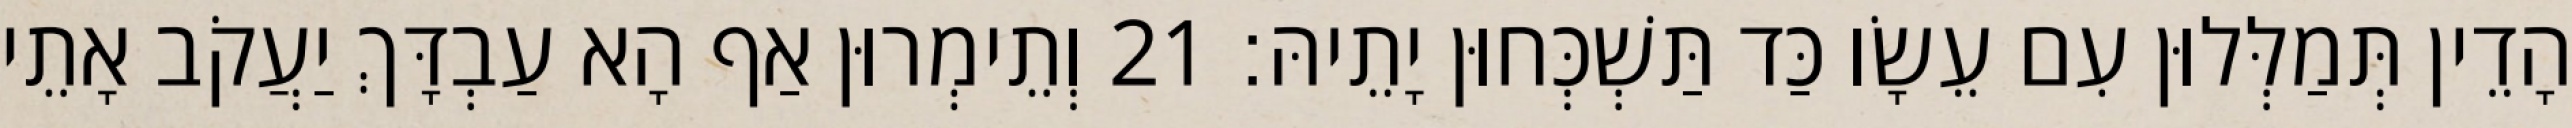
הָדֵין תְּמַלְּלוּן עִם עֵשָׂו כַּד תַּשְׁכְּחוּן יָתֵיהּ׃ 21 וְתֵימְרוּן אַף הָא עַבְדָּךְ יַעֲקֹב אָתֵי